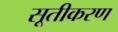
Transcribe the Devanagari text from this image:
सूतीकरण